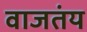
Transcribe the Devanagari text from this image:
वाजतंय